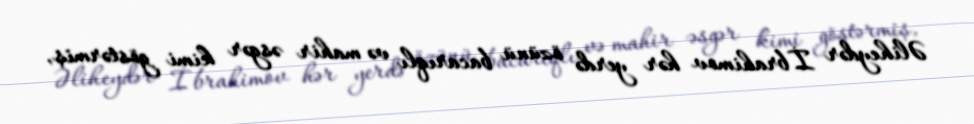
Əliheydər İbrahimov hər yerdə özünü bacarıqlı və mahir əsgər kimi göstərmiş,